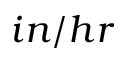
i n / h r